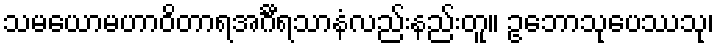
သမယောမဟာဝိတာရအင်္ဂီရသာနံလည်းနည်းတူ။ ဥဘောသုပေဿသု၊